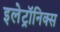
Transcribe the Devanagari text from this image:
इलेट्रॉनिक्स